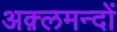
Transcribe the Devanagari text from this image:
अक़्लमन्दों